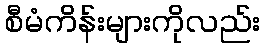
စီမံကိန်းများကိုလည်း